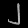
Digit: ၂